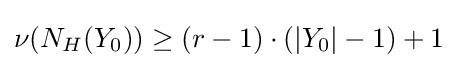
\nu (N_{H}(Y_{0}))\geq (r-1)\cdot (|Y_{0}|-1)+1